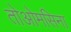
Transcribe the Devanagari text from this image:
तोओमसिना